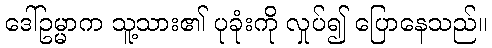
ဒေါ်ဥမ္မာက သူ့သား၏ ပုခုံးကို လှုပ်၍ ပြောနေသည်။